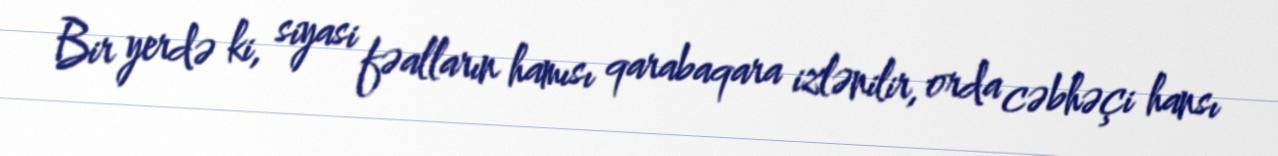
Bir yerdə ki, siyasi fəalların hamısı qarabaqara izlənilir, orda cəbhəçi hansı